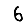
Digit: 6